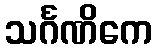
သင်္ဂဏိကေ